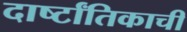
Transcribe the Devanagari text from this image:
दार्ष्टांतिकाची